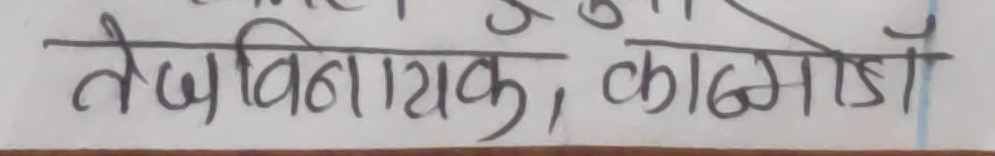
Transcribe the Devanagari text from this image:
तेजबिनायक, काठमाडौँ